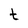
Character: t